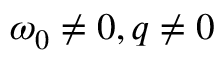
\omega _ { 0 } \ne 0 , q \ne 0